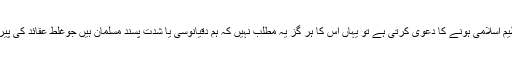
جب ہماری تنظیم اسلامی ہونے کا دعویٰ کرتی ہے تو یہاں اس کا ہر گز یہ مطلب نہیں کہ ہم دقیانوسی یا شدت پسند مسلمان ہیں جوغلط عقائد کی پیروی کرتے ہیں۔